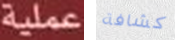
عملية كشافة